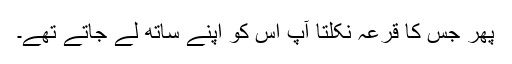
پھر جس کا قرعہ نکلتا آپؐ اس کو اپنے ساتھ لے جاتے تھے۔